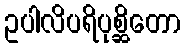
ဥပါလိပရိပုစ္ဆိတော